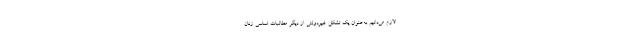
لازم می‌دانیم به‌عنوان یک تشکل غیردولتی از دیگر مطالبات اساسی زنان